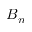
B _ { n }